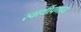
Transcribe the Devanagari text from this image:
स्वार्थीपणाचा